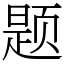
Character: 题